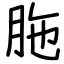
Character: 胣